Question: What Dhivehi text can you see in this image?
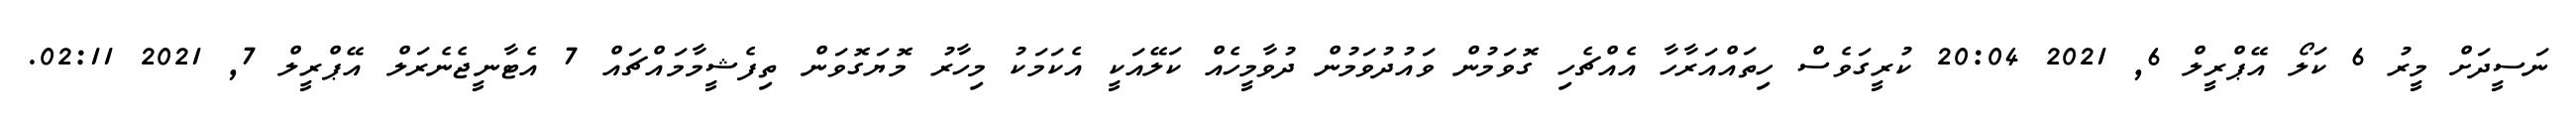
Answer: ނަސީދަށް މީރު 6 ކަލޯ އޭޕްރީލް 6, 2021 20:04 ކުރީގަވެސް ހިތައްއަރާހާ އެއްޗެހި ގޮވަމުން ވައުދުވަމުން ދުވާމީހެއް ކަލޭއަކީ އެކަމަކު މިހާރު މޮޔަގޮވަން ތިފެޝީމާމައްޗައް 7 އެޓާނީޖެނެރަލް އޭޕްރީލް 7, 2021 02:11.